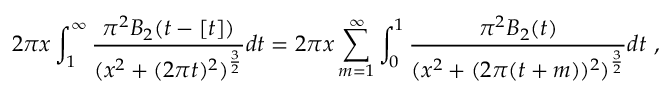
2 \pi x \int _ { 1 } ^ { \infty } { \frac { \pi ^ { 2 } B _ { 2 } ( t - [ t ] ) } { ( x ^ { 2 } + ( 2 \pi t ) ^ { 2 } ) ^ { { \frac { 3 } { 2 } } } } } d t = 2 \pi x \sum _ { m = 1 } ^ { \infty } \int _ { 0 } ^ { 1 } { \frac { \pi ^ { 2 } B _ { 2 } ( t ) } { ( x ^ { 2 } + ( 2 \pi ( t + m ) ) ^ { 2 } ) ^ { { \frac { 3 } { 2 } } } } } d t \ ,